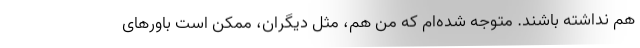
هم نداشته باشند. متوجه شده‌ام که من هم، مثل دیگران، ممکن است باورهای